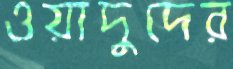
ওয়াদুদের